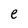
Character: e